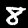
Digit: 8